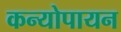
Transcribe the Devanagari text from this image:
कन्योपायन